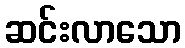
ဆင်းလာသော